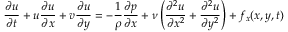
{ \frac { \partial u } { \partial t } } + u { \frac { \partial u } { \partial x } } + v { \frac { \partial u } { \partial y } } = - { \frac { 1 } { \rho } } { \frac { \partial p } { \partial x } } + \nu \left( { \frac { \partial ^ { 2 } u } { \partial x ^ { 2 } } } + { \frac { \partial ^ { 2 } u } { \partial y ^ { 2 } } } \right) + f _ { x } ( x , y , t )